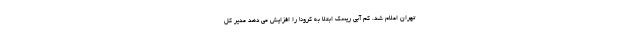
تهران اعلام شد. کم آبی ریسک ابتلا به کرونا را افزایش می دهد مدیر کل